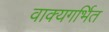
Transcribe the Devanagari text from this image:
वाक्यगर्भित